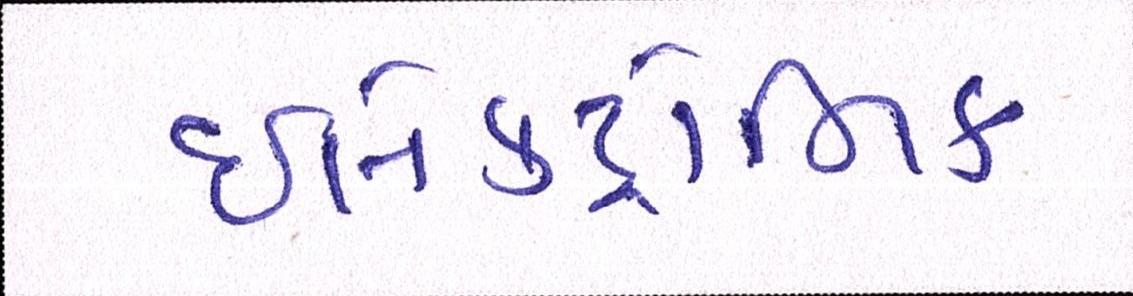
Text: ઇલેક્ટ્રોનિક